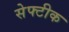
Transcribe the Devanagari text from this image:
सेफ्टीक